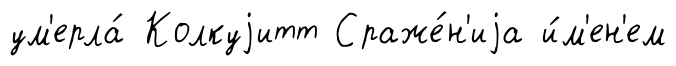
ум'ерла́ Колкуjитт Сраже́н'иjа и́м'ен'ем